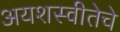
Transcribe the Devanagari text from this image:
अयशस्वीतेचे